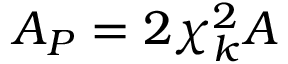
A _ { P } = 2 \chi _ { k } ^ { 2 } A